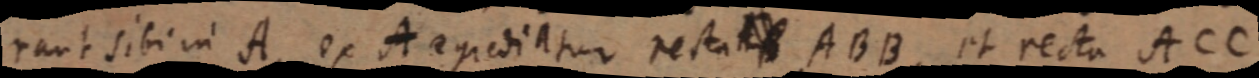
rant sibi in A, ex A egrediatur recta _ ABB, et recta ACC